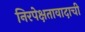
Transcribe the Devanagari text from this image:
निरपेक्षतावादाची